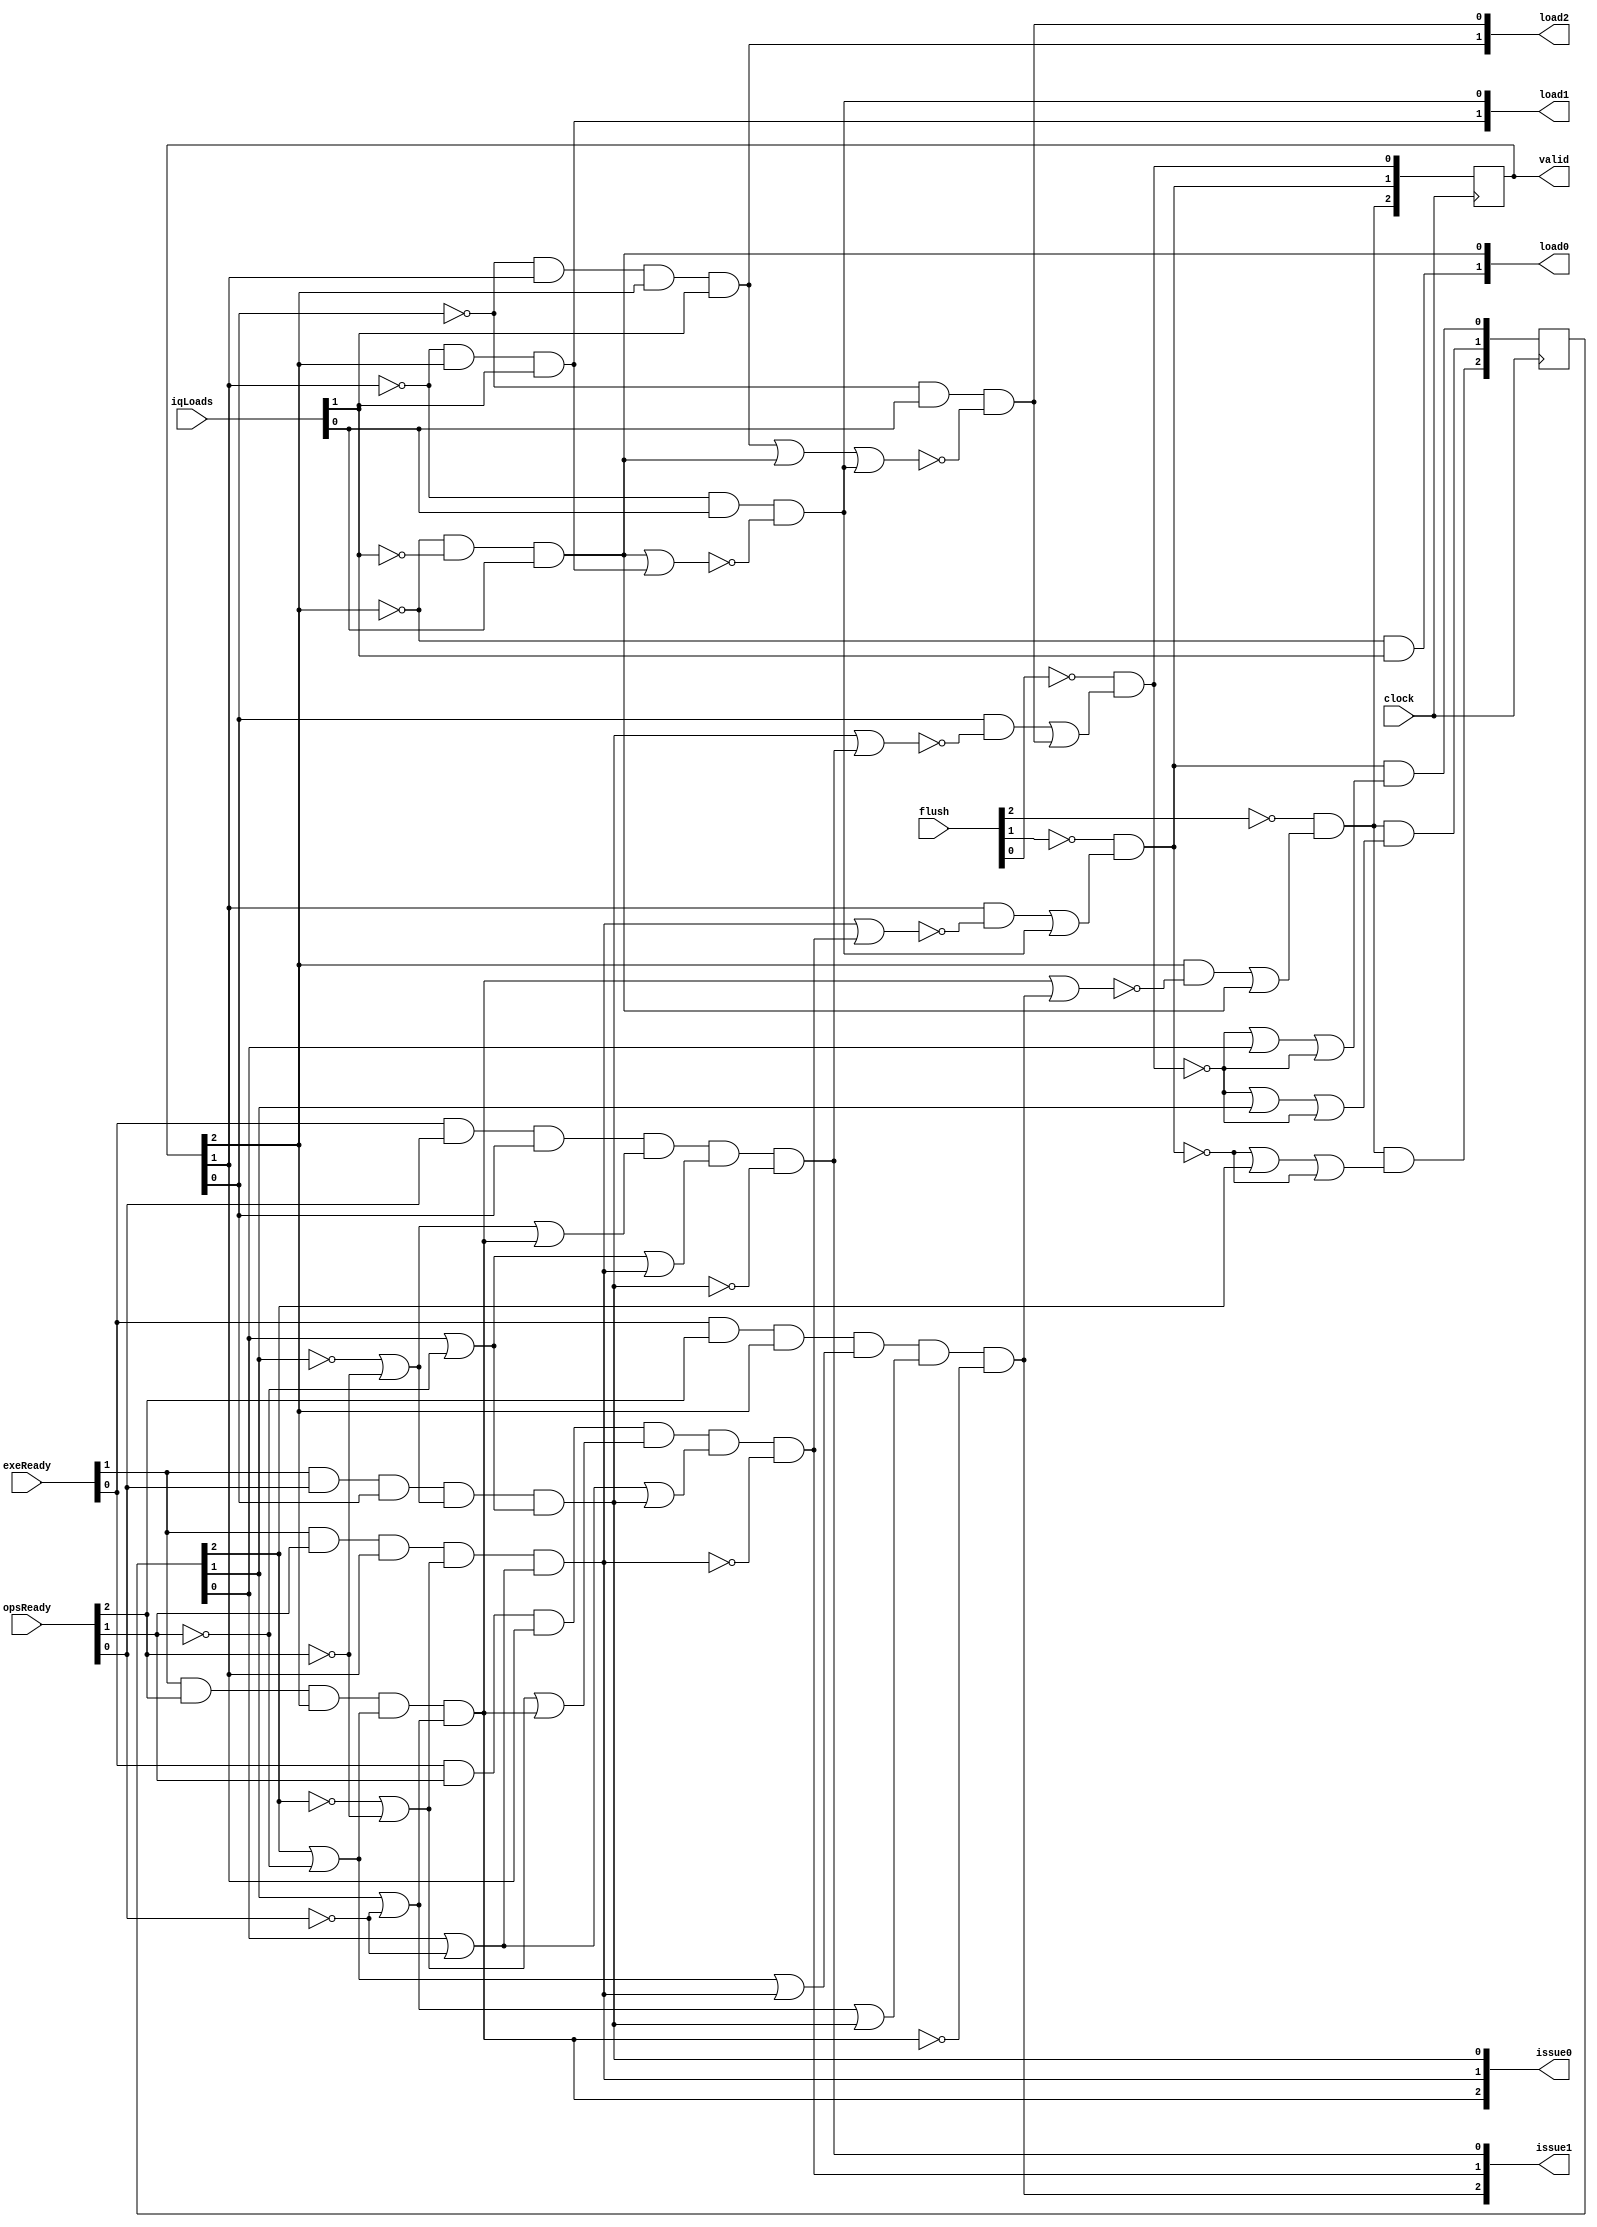
// Instruction queue controller.
//
//
// Derived from description in Kaufmann, Martin, and Pixley's paper.

module iqc(clock,iqLoads,exeReady,opsReady,flush,
	  load0,load1,load2,issue0,issue1,valid);
    input	 clock;
    input [0:1]	 iqLoads;
    input [0:1]	 exeReady;
    input [0:2]	 opsReady;
    input [0:2]	 flush;
    output [0:1] load0;
    output [0:1] load1;
    output [0:1] load2;
    output [0:2] issue0;
    output [0:2] issue1;
    output [0:2] valid;

    // valid says if the queue entries hold instructions or are empty.
    reg [0:2]	 valid;
    // qAge encodes the relative age of the queue entries.
    // qAge[0] == 1 means valid[0] == 1 and either valid[1] == 0 or
    // the 0-th entry is older than the 1-st entry.
    // Likewise, qAge[1] compares the 0-th and 2-nd entry, and qAge[2]
    // compares the 1-st and 2-nd entry.
    reg [0:2]	 qAge;

    // Initial state: empty queue.
    initial begin
	qAge = 3'd0;
	valid = 3'd0;
    end

    // Loading instructions to queue slots:
    // The lowest-indexed free entries are preferred.
    // Dispatch port 0 has precedence over dispatch port 1.
    assign load0[0] = ~valid[0] & iqLoads[0];
    assign load0[1] = ~valid[0] & ~iqLoads[0] & iqLoads[1];
    assign load1[0] = ~valid[1] & valid[0] & iqLoads[0];
    assign load1[1] = ~valid[1] & iqLoads[1] & ~(load0[1] | load1[0]);
    assign load2[0] = ~valid[2] & valid[1] & valid[0] & iqLoads[0];
    assign load2[1] = ~valid[2] & iqLoads[1] &
	~(load2[0] | load0[1] | load1[1]);
    // Issuing instructions to the execution units.
    // Execution unit 0 has precedence over execution unit 1.
    // Older instructions are issued first.
    assign issue0[0] = exeReady[0] & opsReady[0] & valid[0] &
	(qAge[0] | ~opsReady[1]) & (qAge[1] | ~opsReady[2]);
    assign issue0[1] = exeReady[0] & opsReady[1] & valid[1] &
	(~qAge[0] | ~opsReady[0]) & (qAge[2] | ~opsReady[2]);
    assign issue0[2] = exeReady[0] & opsReady[2] & valid[2] &
	(~qAge[1] | ~opsReady[0]) & (qAge[2] | ~opsReady[1]);
    assign issue1[0] = exeReady[1] & opsReady[0] & valid[0] &
	(qAge[0] | ~opsReady[1] | issue0[1]) &
	(qAge[1] | ~opsReady[2] | issue0[2]) & ~issue0[0];
    assign issue1[1] = exeReady[1] & opsReady[1] & valid[1] &
	(~qAge[0] | ~opsReady[0] | issue0[0]) &
	(qAge[2] | ~opsReady[2] | issue0[2]) & ~issue0[1];
    assign issue1[2] = exeReady[1] & opsReady[2] & valid[2] &
	(~qAge[1] | ~opsReady[0] | issue0[0]) &
	(qAge[2] | ~opsReady[1] | issue0[1]) & ~issue0[2];

    // Next values of the valid bits;
    wire nv0 = ~flush[0] & (valid[0] & ~(issue0[0] | issue1[0]) | load0);
    wire nv1 = ~flush[1] & (valid[1] & ~(issue0[1] | issue1[1]) | load1);
    wire nv2 = ~flush[2] & (valid[2] & ~(issue0[2] | issue1[2]) | load2);

    always @ (posedge clock) begin
	valid[0] = nv0;
	valid[1] = nv1;
	valid[2] = nv2;
	qAge[0] = nv0 & (~nv1 | qAge[0] | ~valid[1]);
	qAge[1] = nv0 & (~nv2 | qAge[1] | ~valid[2]);
	qAge[2] = nv1 & (~nv2 | qAge[2] | ~valid[2]);
    end // always @ (posedge clock)

endmodule // iqc